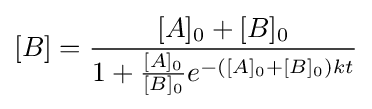
[B]={\frac {[A]_{0}+[B]_{0}}{1+{\frac {[A]_{0}}{[B]_{0}}}e^{-([A]_{0}+[B]_{0})kt}}}